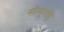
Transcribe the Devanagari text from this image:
सोसूनहि